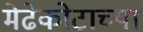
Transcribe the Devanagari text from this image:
मेढेकोटाच्या